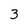
Character: 3